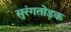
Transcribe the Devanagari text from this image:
सुरंगतोड़क